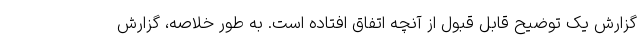
گزارش یک توضیح قابل قبول از آنچه اتفاق افتاده است. به طور خلاصه، گزارش